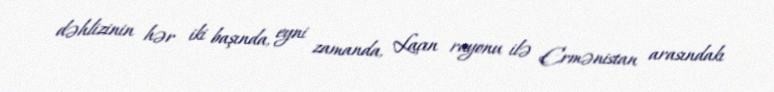
dəhlizinin hər iki başında, eyni zamanda, Laçın rayonu ilə Ermənistan arasındakı